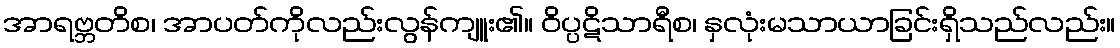
အာရဗ္ဘတိစ၊ အာပတ်ကိုလည်းလွန်ကျူး၏။ ဝိပ္ပဋိသာရီစ၊ နှလုံးမသာယာခြင်းရှိသည်လည်း။